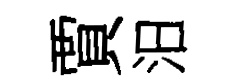
賈汨